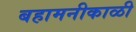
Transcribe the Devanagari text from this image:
बहामनीकाळी